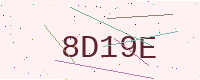
Text: 8D19E